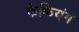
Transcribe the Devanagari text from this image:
केकियंग